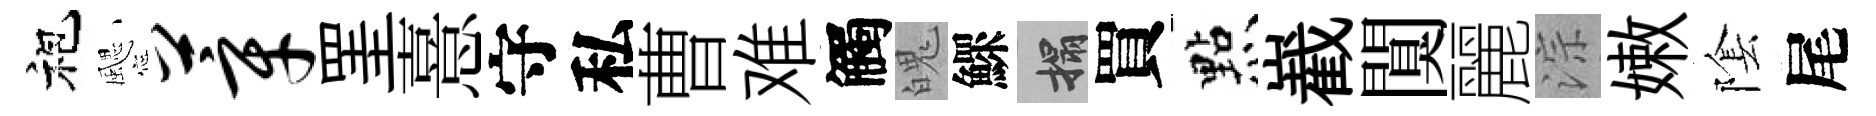
袍颸莘罣憙守私曹难觸魄鰥搨買㸃嶻闃麗淙嫩隂尾